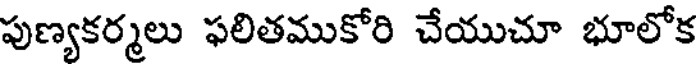
పుణ్యకర్మలు ఫలితముకోరి చేయుచూ భూలోక